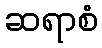
ဆရာစံ